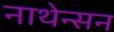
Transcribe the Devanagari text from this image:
नाथेन्सन